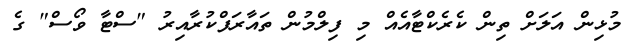
މުޅިން އަލަށް ތިން ކެރެކްޓާއެއް މި ފިލްމުން ތައާރަފްކުރާއިރު "ސްޓާ ވޯސް" ގެ